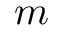
m